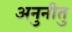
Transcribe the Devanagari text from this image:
अनुनीतु